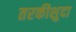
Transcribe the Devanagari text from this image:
तरकीशुदा